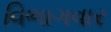
વિભાગવાર